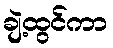
ချဲ့ထွင်ကာ